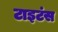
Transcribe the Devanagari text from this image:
टाइटंस